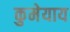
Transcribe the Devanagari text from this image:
कुमेयाय